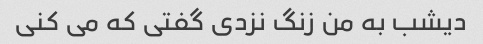
دیشب به من زنگ نزدی گفتی که می کنی